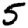
Digit: 5